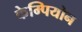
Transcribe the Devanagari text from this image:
केम्पियोन